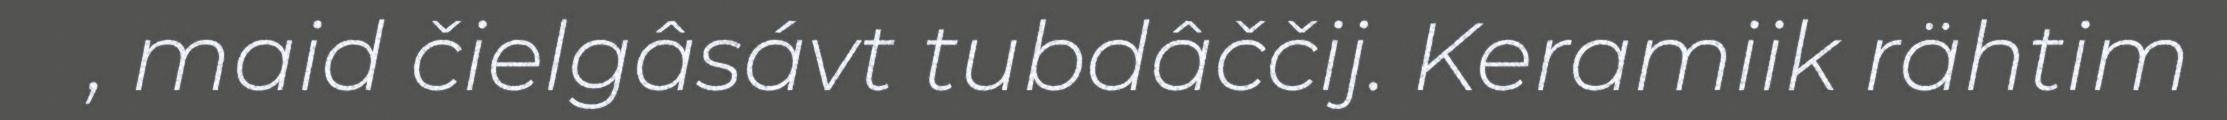
, maid čielgâsávt tubdâččij. Keramiik rähtim